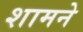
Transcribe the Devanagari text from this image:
शामने